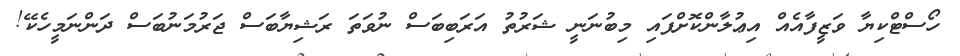
ހޯސްޓްކިޔާ ވަޒީފާއެއް އިޢުލާންކޮށްފައި މިބުނަނީ ޝަރުތު އަރަބިބަސް ނުވަތަ ރަޝިޔާބަސް ޖަރުމަނުބަސް ދަންނަމީހެކޭ!